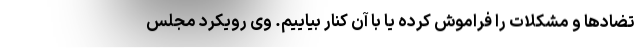
تضادها و مشکلات را فراموش کرده یا با آن کنار بیاییم. وی رویکرد مجلس